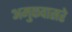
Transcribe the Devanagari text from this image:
अमुकवासरे